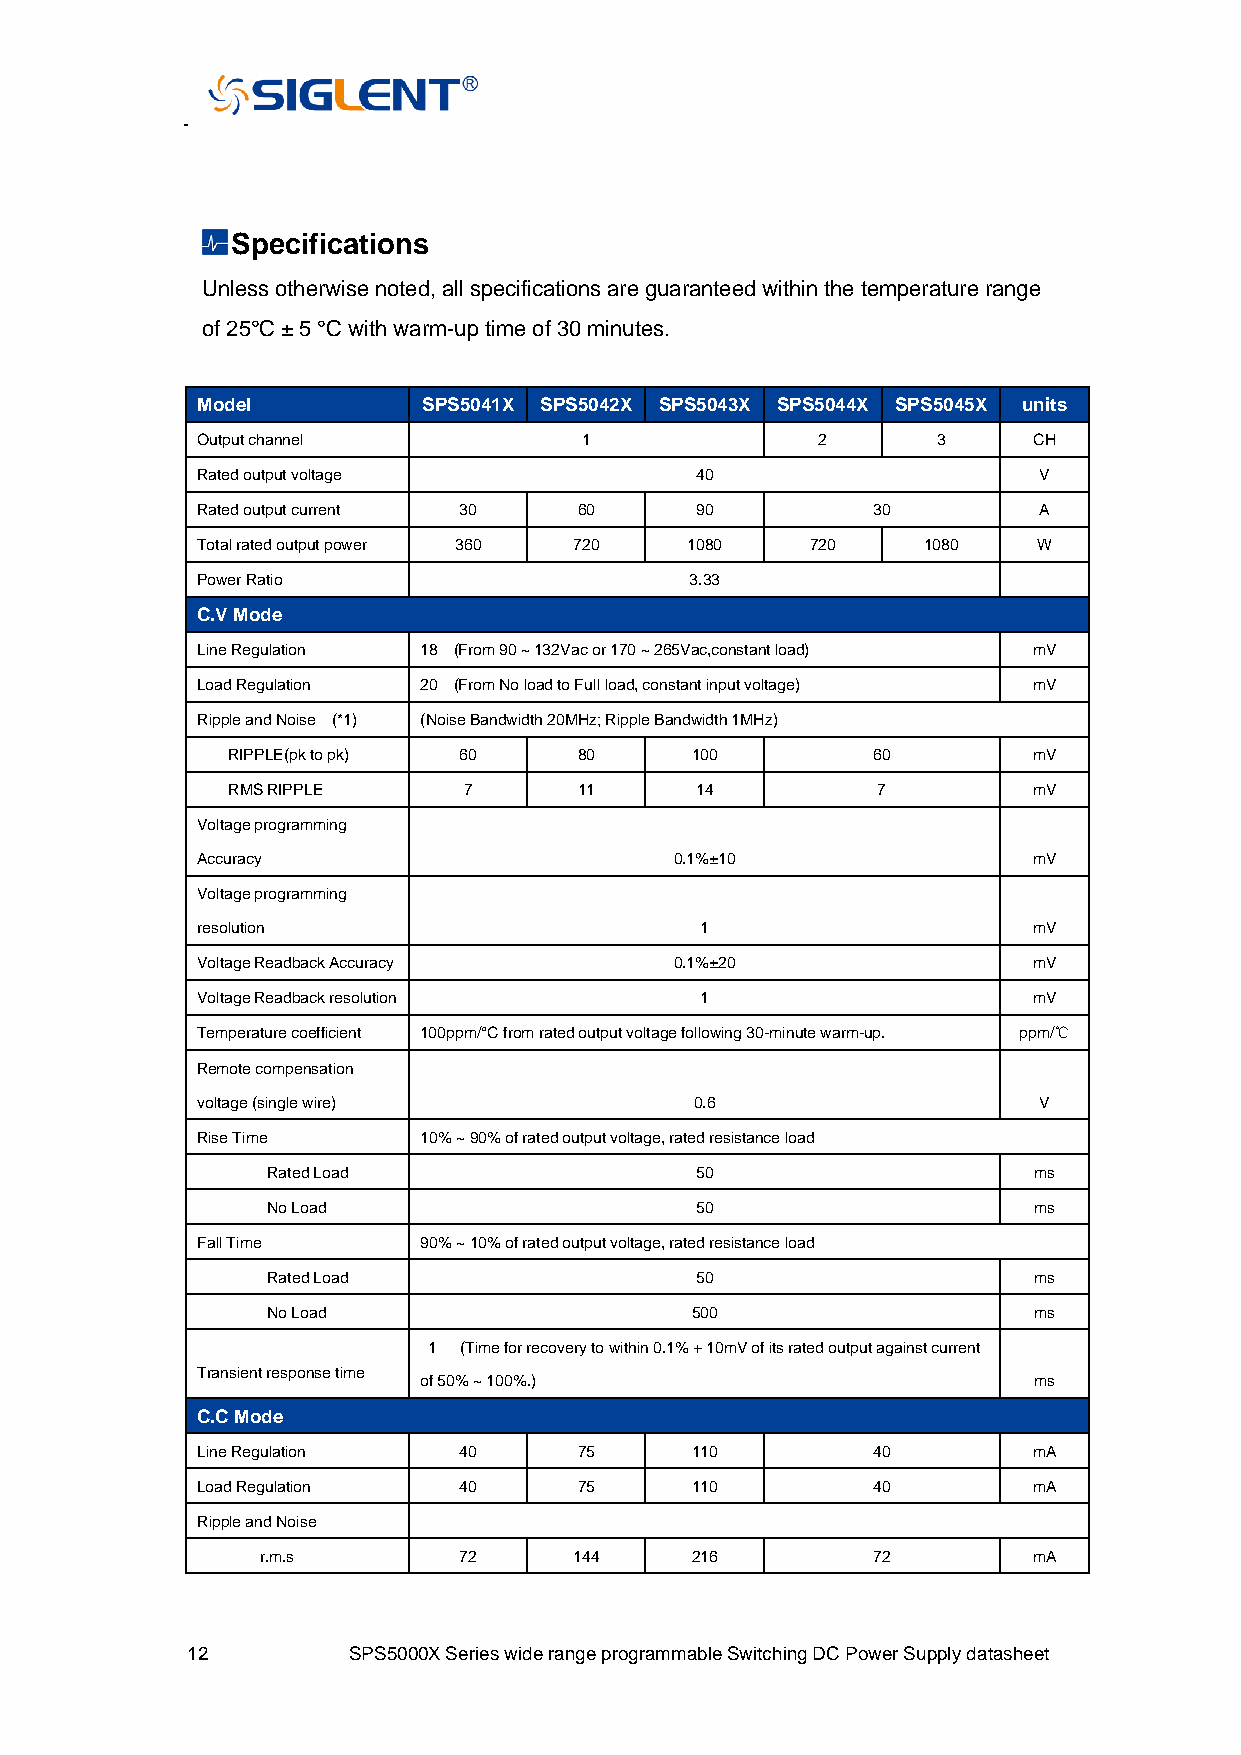
Specifications
 Unless otherwise noted, all specifications are guaranteed within the temperature range
 of 25°C ± 5 °C with warm-up time of 30 minutes.
 Model          SPS5041X SPS5042X SPS5043X SPS5044X SPS5045X units
 Output channel            1              2       3     CH
 Rated output voltage             40                     V
 Rated output current 30  60      90          30         A
 Total rated output power 360 720 1080    720    1080    W
 Power Ratio                      3.33
 C.V Mode
 Line Regulation 18 (From 90 ~ 132Vac or 170 ~ 265Vac,constant load) mV
 Load Regulation 20 (From No load to Full load, constant input voltage) mV
 Ripple and Noise (*1) (Noise Bandwidth 20MHz; Ripple Bandwidth 1MHz)
 RIPPLE(pk to pk) 60    80      100         60        mV
 RMS RIPPLE      7      11      14          7         mV
 Voltage programming
 Accuracy                        0.1%±10                mV
 Voltage programming
 resolution                       1                     mV
 Voltage Readback Accuracy       0.1%±20                mV
 Voltage Readback resolution      1                     mV
 Temperature coefficient 100ppm/°C from rated output voltage following 30-minute warm-up. ppm/℃
 Remote compensation
 voltage (single wire)            0.6                    V
 Rise Time      10% ~ 90% of rated output voltage, rated resistance load
 Rated Load                  50                    ms
 No Load                     50                    ms
 Fall Time      90% ~ 10% of rated output voltage, rated resistance load
 Rated Load                  50                    ms
 No Load                     500                   ms
 1 (Time for recovery to within 0.1% + 10mV of its rated output against current
 Transient response time
 of 50% ~ 100%.)                         ms
 C.C Mode
 Line Regulation  40      75      110         40        mA
 Load Regulation  40      75      110         40        mA
 Ripple and Noise
 r.m.s        72      144     216         72        mA
 12         SPS5000X Series wide range programmable Switching DC Power Supply datasheet